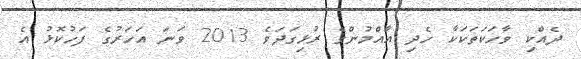
ދެއްކި ވާހަކަތަކަކާ ހެދި އާއްމުންގެ ރުޅިގަދަވެ 2013 ވަނަ އަހަރުގެ ފަހުކޮޅު އެ